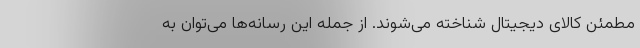
مطمئن کالای دیجیتال شناخته می‌شوند. از جمله این رسانه‌ها می‌توان به